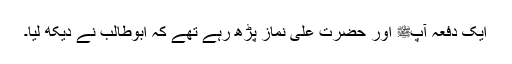
ایک دفعہ آپﷺ اور حضرت علیؓ نماز پڑھ رہے تھے کہ ابوطالب نے دیکھ لیا۔